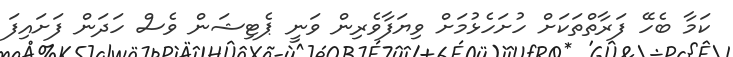
ކަމާ ބެހޭ ފަރާތްތަކަށް ހުށަހެޅުމަށް ވިޔަފާވެރިން ވަނީ ޕެޓިޝަން ވެސް ހަދަން ފަށައިފަ